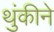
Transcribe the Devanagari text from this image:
थुंकीने